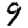
Digit: 9